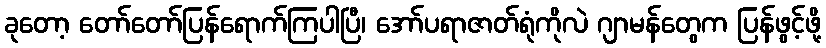
ခုတော့ တော်တော်ပြန်ရောက်ကြပါပြီ၊ အော်ပရာဇာတ်ရုံကိုလဲ ဂျာမန်တွေက ပြန်ဖွင့်ဖို့